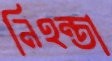
নিহন্তা